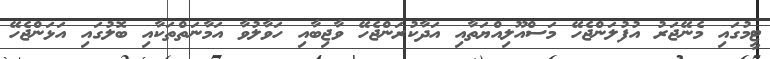
ޓީމުގައި މެނޭޖަރު އުފުލަންޖެހޭ މަސްއޫލިއްޔަތާއި އަދާކުރަންޖެހޭ ވާޖިބާއި ހަވާލުވާ އަމާނަތްތަކާއި ބޮލުގައި އަޅަންޖެހޭ